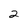
Character: 2